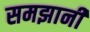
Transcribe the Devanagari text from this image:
समझानी